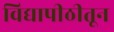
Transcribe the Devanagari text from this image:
विद्यापीठीतून